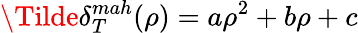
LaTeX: \Tilde{\delta}_{T}^{mah}(\rho)=a\rho^{2}+b\rho+c